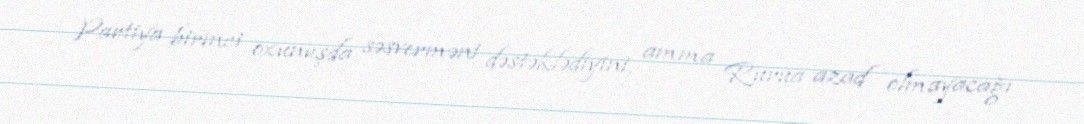
Partiya birinci oxunuşda səsverməni dəstəklədiyini, amma Rurua azad olmayacağı